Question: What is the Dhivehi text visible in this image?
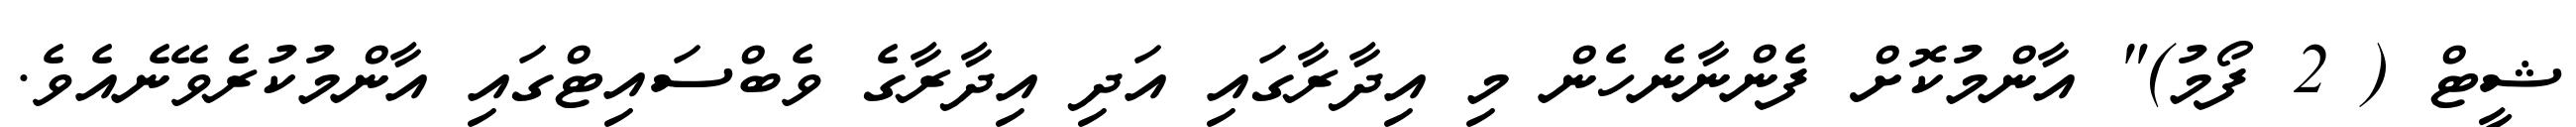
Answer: ޝީޓް ( 2 ފޯމު)" އާންމުކޮށް ފެންނާނެހެން މި އިދާރާގައި އަދި އިދާރާގެ ވެބްސައިޓްގައި އާންމުކުރެވޭނެއެވެ.